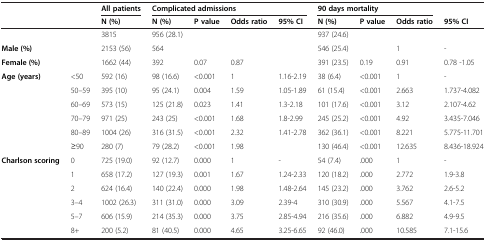
<table><thead><tr><td><b> </b></td><td><b> </b></td><td><b>All patients</b></td><td colspan="4"><b>Complicated admissions</b></td><td colspan="3"><b>90 days mortality</b></td><td><b> </b></td></tr><tr><td><b> </b></td><td><b> </b></td><td><b>N (%)</b></td><td><b>N (%)</b></td><td><b>P value</b></td><td><b>Odds ratio</b></td><td><b>95% CI</b></td><td><b>N (%)</b></td><td><b>P value</b></td><td><b>Odds ratio</b></td><td><b>95% CI</b></td></tr></thead><tbody><tr><td> </td><td> </td><td>3815</td><td>956 (28.1)</td><td> </td><td> </td><td> </td><td>937 (24.6)</td><td> </td><td> </td><td> </td></tr><tr><td><b>Male (%)</b></td><td> </td><td>2153 (56)</td><td>564</td><td> </td><td> </td><td> </td><td>546 (25.4)</td><td> </td><td>1</td><td>-</td></tr><tr><td><b>Female (%)</b></td><td> </td><td>1662 (44)</td><td>392</td><td>0.07</td><td>0.87</td><td> </td><td>391 (23.5)</td><td>0.19</td><td>0.91</td><td>0.78 -1.05</td></tr><tr><td rowspan="6"><b>Age (years)</b></td><td>&lt;50</td><td>592 (16)</td><td>98 (16.6)</td><td>&lt;0.001</td><td>1</td><td>1.16-2.19</td><td>38 (6.4)</td><td>&lt;0.001</td><td>1</td><td>-</td></tr><tr><td>50–59</td><td>395 (10)</td><td>95 (24.1)</td><td>0.004</td><td>1.59</td><td>1.05-1.89</td><td>61 (15.4)</td><td>&lt;0.001</td><td>2.663</td><td>1.737-4.082</td></tr><tr><td>60–69</td><td>573 (15)</td><td>125 (21.8)</td><td>0.023</td><td>1.41</td><td>1.3-2.18</td><td>101 (17.6)</td><td>&lt;0.001</td><td>3.12</td><td>2.107-4.62</td></tr><tr><td>70–79</td><td>971 (25)</td><td>243 (25)</td><td>&lt;0.001</td><td>1.68</td><td>1.8-2.99</td><td>245 (25.2)</td><td>&lt;0.001</td><td>4.92</td><td>3.435-7.046</td></tr><tr><td>80–89</td><td>1004 (26)</td><td>316 (31.5)</td><td>&lt;0.001</td><td>2.32</td><td>1.41-2.78</td><td>362 (36.1)</td><td>&lt;0.001</td><td>8.221</td><td>5.775-11.701</td></tr><tr><td>≥90</td><td>280 (7)</td><td>79 (28.2)</td><td>&lt;0.001</td><td>1.98</td><td> </td><td>130 (46.4)</td><td>&lt;0.001</td><td>12.635</td><td>8.436-18.924</td></tr><tr><td rowspan="6"><b>Charlson scoring</b></td><td>0</td><td>725 (19.0)</td><td>92 (12.7)</td><td>0.000</td><td>1</td><td>-</td><td>54 (7.4)</td><td>.000</td><td>1</td><td>-</td></tr><tr><td>1</td><td>658 (17.2)</td><td>127 (19.3)</td><td>0.001</td><td>1.67</td><td>1.24-2.33</td><td>120 (18.2)</td><td>.000</td><td>2.772</td><td>1.9-3.8</td></tr><tr><td>2</td><td>624 (16.4)</td><td>140 (22.4)</td><td>0.000</td><td>1.98</td><td>1.48-2.64</td><td>145 (23.2)</td><td>.000</td><td>3.762</td><td>2.6-5.2</td></tr><tr><td>3–4</td><td>1002 (26.3)</td><td>311 (31.0)</td><td>0.000</td><td>3.09</td><td>2.39-4</td><td>310 (30.9)</td><td>.000</td><td>5.567</td><td>4.1-7.5</td></tr><tr><td>5–7</td><td>606 (15.9)</td><td>214 (35.3)</td><td>0.000</td><td>3.75</td><td>2.85-4.94</td><td>216 (35.6)</td><td>.000</td><td>6.882</td><td>4.9-9.5</td></tr><tr><td>8+</td><td>200 (5.2)</td><td>81 (40.5)</td><td>0.000</td><td>4.65</td><td>3.25-6.65</td><td>92 (46.0)</td><td>.000</td><td>10.585</td><td>7.1-15.6</td></tr></tbody></table>